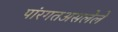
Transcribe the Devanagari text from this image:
पांरगतअसलेले